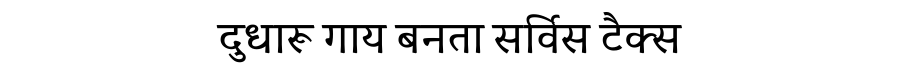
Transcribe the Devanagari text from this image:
दुधारू गाय बनता सर्विस टैक्स